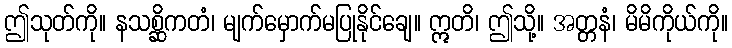
ဤသုတ်ကို။ နသစ္ဆိကတံ၊ မျက်မှောက်မပြုနိုင်ချေ။ ဣတိ၊ ဤသို့။ အတ္တနံ၊ မိမိကိုယ်ကို။